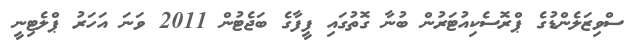
ސްވިޒަލެންޑުގެ ޕްރޮސެކިއުޓަރުން ބުނާ ގޮތުގައި ފީފާގެ ބަޖެޓުން 2011 ވަނަ އަހަރު ޕްލެޓިނީ